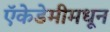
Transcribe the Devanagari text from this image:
ऍकेडेमीमधून